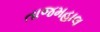
તાજમહાલ